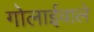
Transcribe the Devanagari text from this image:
गोलाईवाले